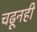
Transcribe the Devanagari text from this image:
चढूनही